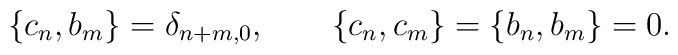
\left\{ c_{n},b_{m}\right\} =\delta _{n+m,0},\qquad \left\{c_{n},c_{m}\right\} =\left\{ b_{n},b_{m}\right\} =0.